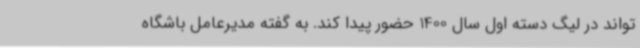
تواند در لیگ دسته اول سال 1400 حضور پیدا کند. به گفته مدیرعامل باشگاه